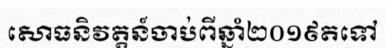
សោធនិវត្តន៍ចាប់ពីឆ្នាំ២០១៩តទៅ